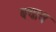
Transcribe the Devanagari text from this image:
बचाय